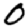
Digit: 0